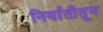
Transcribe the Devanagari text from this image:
निर्यातीतून